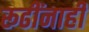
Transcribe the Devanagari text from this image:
रूढींनाही